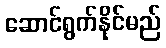
ဆောင်ရွက်နိုင်မည်